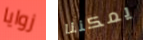
زوايا يمكننا